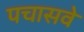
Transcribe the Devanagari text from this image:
पचासवे